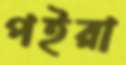
পইরা